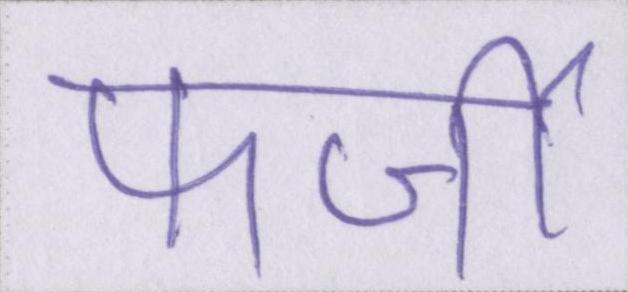
फर्जी